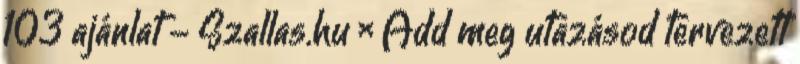
103 ajánlat - Szallas.hu × Add meg utazásod tervezett